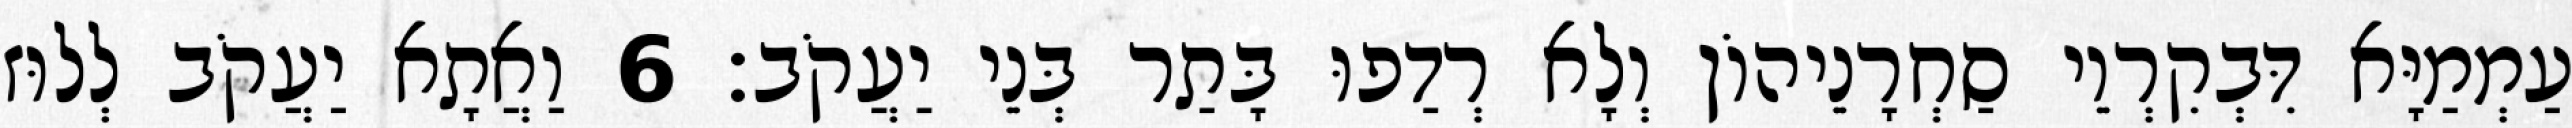
עַמְמַיָּא דִּבְקִרְוֵי סַחְרָנֵיהוֹן וְלָא רְדַפוּ בָּתַר בְּנֵי יַעֲקֹב׃ 6 וַאֲתָא יַעֲקֹב לְלוּז